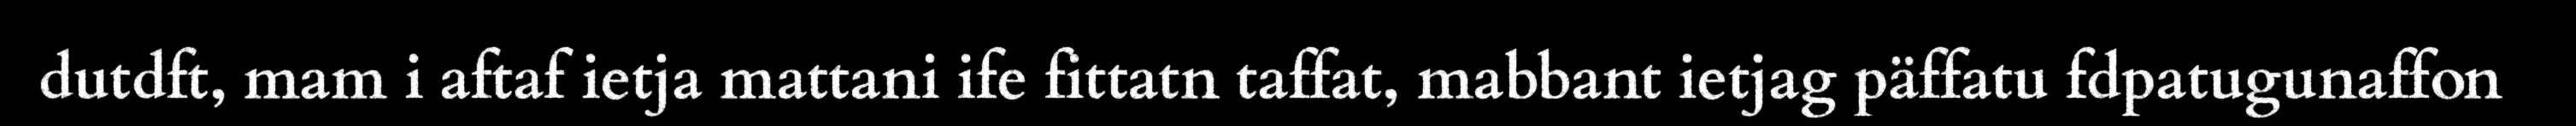
dutdft, mam i aftaf ietja mattani ife fittatn taffat, mabbant ietjag päffatu fdpatugunaffon